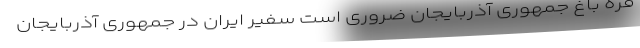
قره باغ جمهوری آذربایجان ضروری است سفیر ایران در جمهوری آذربایجان